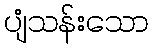
ပျံသန်းသော